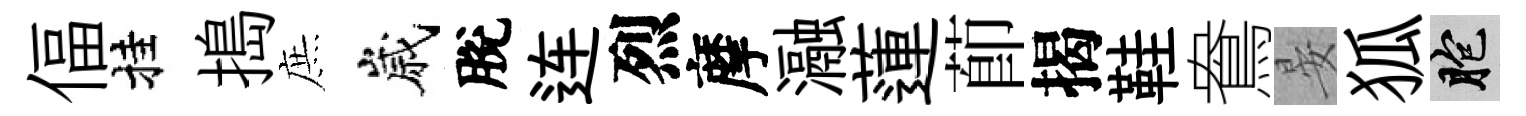
偪挂搗庶嵗脫连烈摩瀜蓮莭揭鞋鴦晏狐胞